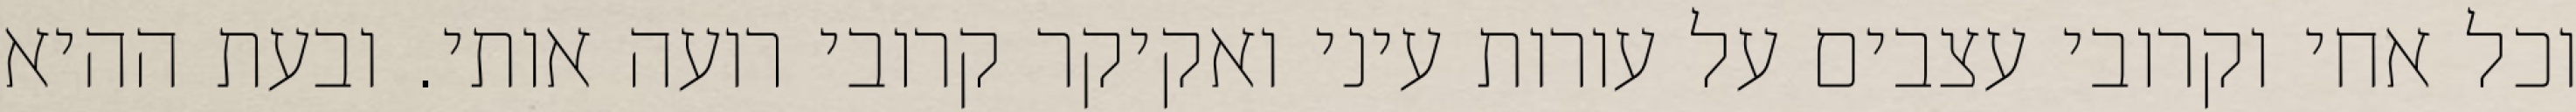
וכל אחי וקרובי עצבים על עורות עיני ואקיקר קרובי רועה אותי. ובעת ההיא